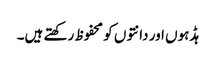
ہڈہوں اور دانتوں کو محفوظ رکھتے ہیں۔